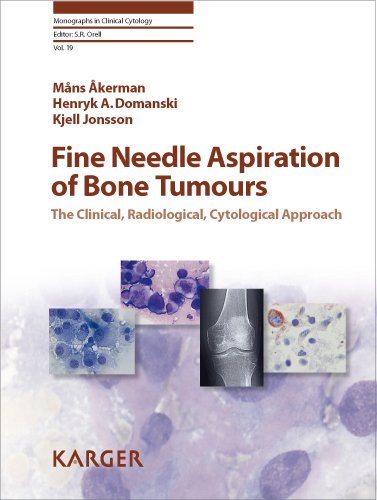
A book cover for Fine Needle Aspiration of Bone Tumours: The Clinical, Radiological, Cytological Approach (Monographs in Clinical Cytology, Vol. 19); M. ÃEkerman; Medical Books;